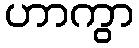
ဟာကွာ